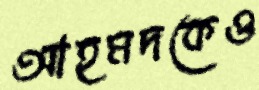
আহমদকেও